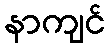
နာကျင်